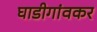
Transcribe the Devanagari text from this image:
घाडीगांवकर